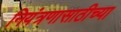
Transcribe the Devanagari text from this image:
नियंत्रणासाठीच्या